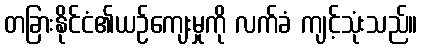
တခြားနိုင်ငံ၏ယဉ်ကျေးမှုကို လက်ခံ ကျင့်သုံးသည်။